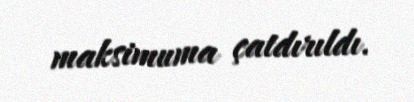
maksimuma çatdırıldı.